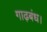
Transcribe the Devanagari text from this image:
गाढ़बंध।